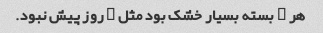
هر ۲ بسته بسیار خشک بود مثل ۲ روز پیش نبود.